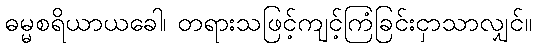
ဓမ္မစရိယာယခေါ၊ တရားသဖြင့်ကျင့်ကြံခြင်းငှာသာလျှင်။